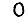
Digit: 0